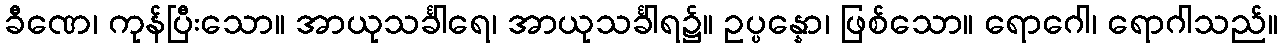
ခီဏေ၊ ကုန်ပြီးသော။ အာယုသင်္ခါရေ၊ အာယုသင်္ခါရ၌။ ဥပ္ပန္နော၊ ဖြစ်သော။ ရောဂေါ၊ ရောဂါသည်။